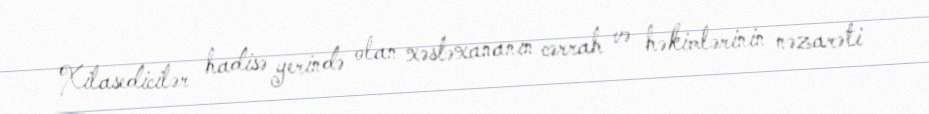
Xilasedicilər hadisə yerində olan xəstəxananın cərrah və həkimlərinin nəzarəti